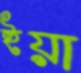
ইয়া